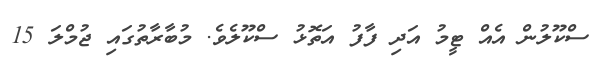
ސްކޫލުން އެއް ޓީމު އަދި ފާފު އަތޮޅު ސްކޫލެވެ. މުބާރާތުގައި ޖުމްލަ 15